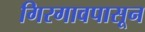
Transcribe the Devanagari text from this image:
गिरगावपासून